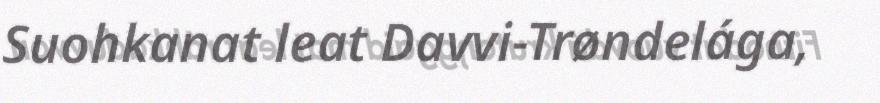
Suohkanat leat Davvi-Trøndelága,